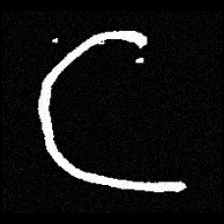
Pyu character \u2014 Myanmar letter: ဋ (romanized: tta)